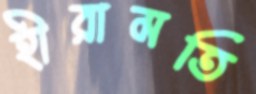
হীরামতি